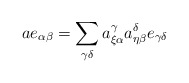
\begin{align*}a e_{\alpha\beta}=\sum_{\gamma\delta}a_{\xi\alpha}^{\gamma}a_{\eta\beta}^{\delta}e_{\gamma\delta}\end{align*}